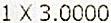
1 X 3.0000